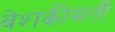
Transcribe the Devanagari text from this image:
वेशकीमती